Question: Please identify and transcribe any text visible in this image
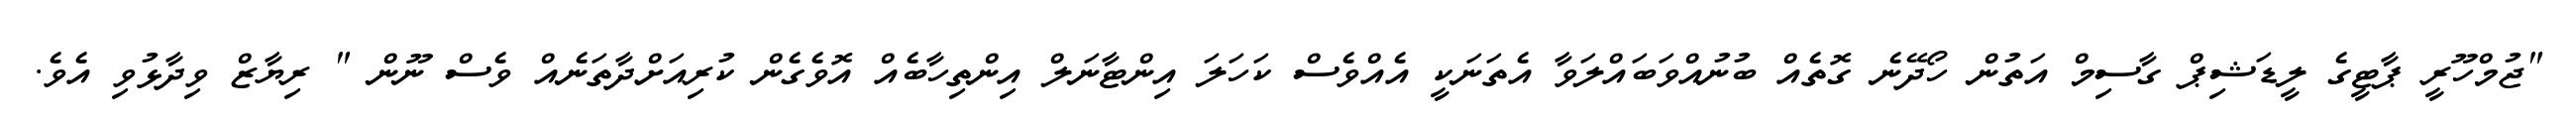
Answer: "ޖުމްހޫރީ ޕާޓީގެ ލީޑަޝިޕް ގާސިމް އަތުން ހޯދޭނެ ގޮތެއް ބުނުއްވަބައްލަވާ އެތަނަކީ އެއްވެސް ކަހަލަ އިންޓާނަލް އިންތިހާބެއް އޮވެގެން ކުރިއަށްދާތަނެއް ވެސް ނޫން " ރިޔާޒް ވިދާޅުވި އެވެ.